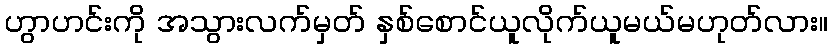
ဟွာဟင်းကို အသွားလက်မှတ် နှစ်စောင်ယူလိုက်ယူမယ်မဟုတ်လား။